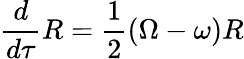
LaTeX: {\frac{d}{d\tau}}R={\frac{1}{2}}(\Omega-\omega)R